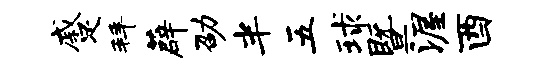
蹙拜薜劭半五球暨渥酉